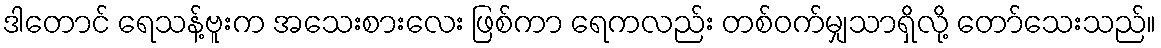
ဒါတောင် ရေသန့်ဗူးက အသေးစားလေး ဖြစ်ကာ ရေကလည်း တစ်ဝက်မျှသာရှိလို့ တော်သေးသည်။